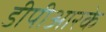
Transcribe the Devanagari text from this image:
डीपीआरके